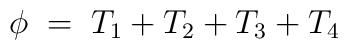
\phi\;=\;T_{1}+T_{2}+T_{3}+T_{4}